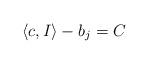
LaTeX: \begin{align*} \langle c,I\rangle -b_j = C \end{align*}